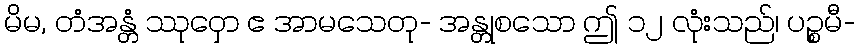
မိမ, တံအန္တံ ဿုဝှော ဧ အာမသေတု- အန္တုစသော ဤ ၁၂ လုံးသည်၊ ပဉ္စမီ-